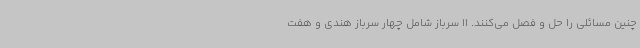
چنین مسائلی را حل و فصل می‌کنند. 11 سرباز شامل چهار سرباز هندی و هفت